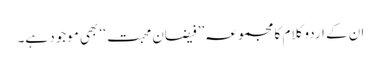
ان کے اردو کلام کا مجموعہ’’ فیضان محبت ‘‘ بھی موجود ہے۔